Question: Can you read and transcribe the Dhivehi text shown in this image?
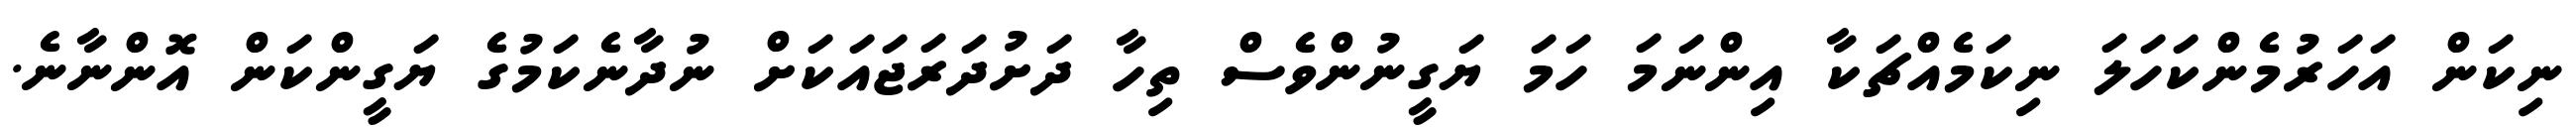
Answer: ނިކަން އަހަރުމެންކަހަލަ ނިކަމެއްޗަކާ އިންނަމަ ހަމަ ޔަގީނުންވެސް ތިހާ ދަށުދަރަޖައަކަށް ނުދާނެކަމުގެ ޔަގީންކަން އޮންނާނެ.